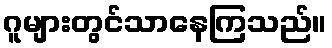
ဂူများတွင်သာနေကြသည်။